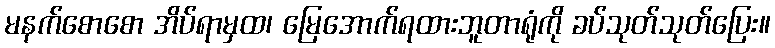
မနက်စောစော အိပ်ရာမှထ၊ မြေအောက်ရထားဘူတာရုံကို ခပ်သုတ်သုတ်ပြေး။